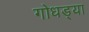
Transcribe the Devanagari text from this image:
गोधड्या